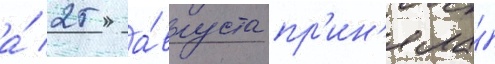
а́ 25 а́вгуста пр'ин'яла́